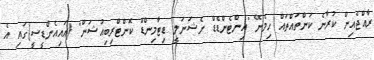
ރާއްޖެއިން ކުރާނެ ކަންތައްތައް ހިމެނޭ "އިންޓެންޑެޑް ނެޝަނަލީ ޑިޓާމިންޑް ކޮންޓްރިބިއުޝަން" (އައިއެންޑީސީ)ގައި އެ